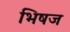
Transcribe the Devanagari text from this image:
भिषज